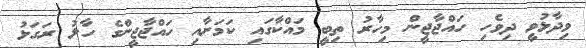
ވިދާޅުވީ ދިވެހި ހައްޖާޖީން މިހާރު ތިބީ މައްކާގައި ކަމަށާއި ހައްޖާޖީންގެ ހާލު ރަގަޅު